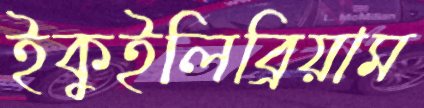
ইকুইলিব্রিয়াম